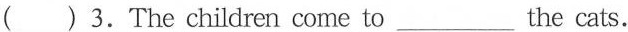
( ) 3.The children come to___the cats.